Annual returns of the Patna Lunatic Asylum at Bankipore in Bihar and Orissa - 1912-1924
Year: 1912
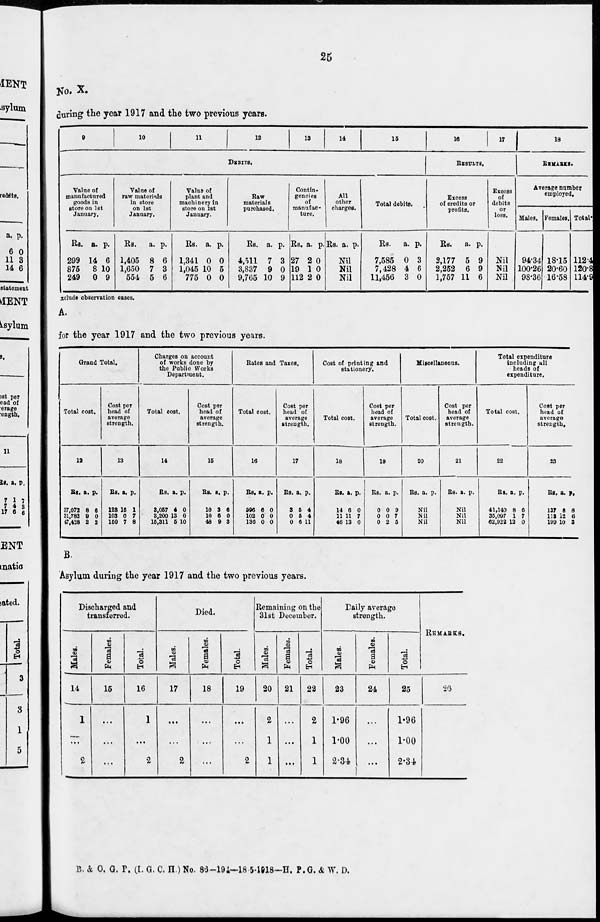
25
No. X.
during the year 1917 and the two previous years.
9
10
11
12
13
14
15
DEBITS.
Value of
manufactured
goods in
store on 1st
January.
Rs.
299
875
249
a.
14
8
0
p.
6
10
9
Value of
raw materials
in store
on 1st
January.
Rs.
1,405
1,650
554
a.
8
7
5
p.
6
3
6
Value of
plant and
machinery in
store on 1st
January.
Rs.
1,341
1,045
775
a.
0
10
0
p.
0
5
0
Raw
materials
purchased.
Rs.
4,511
3,837
9,765
a.
7
9
10
p.
3
0
9
Contin-
gencies
of
manufac-
ture.
Rs.
27
19
112
a.
2
1
2
p.
0
0
0
All
other
charges.
Rs. a. p.
Nil
Nil
Nil
Total debits.
Rs.
7,585
7,428
11,456
a.
0
4
3
p.
3
6
0
16
17
RESULTS.
Excess
of credits or
profits.
Rs.
2,177
2,252
1,757
a.
5
6
11
p.
9
9
6
Excess
of
debits
or
loss.
Nil
Nil
Nil
18
REMARKS.
Average number
employed.
Males.
94.34
100.26
98.36
Females.
18.15
20.60
16.58
Total.
112.4
120.8
114.9
exclude observation cases.
A.
for the year 1917 and the two previous years.
Grand Total.
Total cost.
12
Rs.
37,072
31,782
47,428
a.
8
9
2
p.
6
0
2
Cost per
head of
average
strength.
13
Rs.
123
103
150
a.
15
0
7
p.
1
7
8
Charges on account
of works done by
the Public Works
Department.
Total cost.
14
Rs.
3,057
3,200
15,311
a.
4
13
5
p.
0
0
10
Cost per
head of
average
strength.
15
Rs.
10
10
48
a.
3
6
9
p.
6
0
3
Rates and Taxes.
Total cost.
16
Rs.
996
102
136
a.
6
0
0
p.
0
0
0
Cost per
head of
average
strength.
17
Rs.
3
0
0
a.
5
5
6
p.
4
4
11
Cost of printing and
stationery.
Total cost.
18
Rs.
14
11
46
a.
6
11
13
p.
0
7
0
Cost per
head of
average
strength.
19
Rs.
0
0
0
a.
0
0
2
p.
9
7
5
Miscellaneous.
Total cost.
20
Rs. a. p.
Nil
Nil
Nil
Cost per
head of
average
strength.
21
Rs. a. p.
Nil
Nil
Nil
Total expenditure
including all
heads of
expenditure.
Total cost.
22
Rs.
41,140
35,097
62,922
a.
8
1
12
p.
6
7
0
Cost per
head of
average
strength.
23
Rs.
137
113
199
a.
8
12
10
p.
8
6
3
B.
Asylum during the year 1917 and the two previous years.
Discharged and
transferred.
Males.
14
1
...
2
Females.
15
...
...
...
Total.
16
1
...
2
Died.
Males.
17
...
...
2
Females.
18
....
...
...
Total.
19
...
...
2
Remaining on the
31st December.
Males.
20
2
1
1
Females.
21
...
...
...
Total.
22
2
1
1
Daily average
strength.
Males.
23
1.96
1.00
2.34
Females.
24
...
...
...
Total.
25
1.96
1.00
2.34
REMARKS.
26
B. & O. G. P. (I. G. C. H.) No. 86-194-18-5-1918—H. P. G. & W. D.